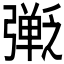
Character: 𫸿